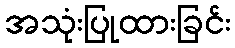
အသုံးပြုထားခြင်း